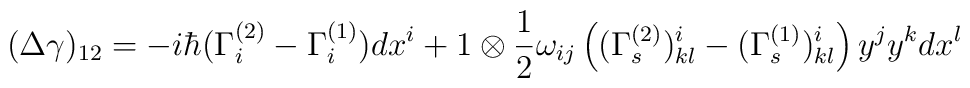
(\Delta  \gamma)_{12} = -i \hbar  (\Gamma_i^{(2)}    -\Gamma_i^{(1)}) d x^i  +1\otimes \frac{1}{2} \omega_{ij}\left((\Gamma_{s}^{(2)})^i_{kl}- (\Gamma_{s}^{(1)})^i_{kl}\right) y^j y ^k d x^l